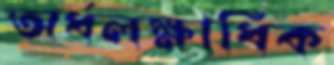
অর্ধলক্ষাধিক